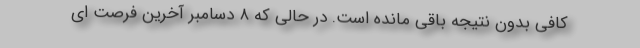
کافی بدون نتیجه باقی مانده است. در حالی که ۸ دسامبر آخرین فرصت ای